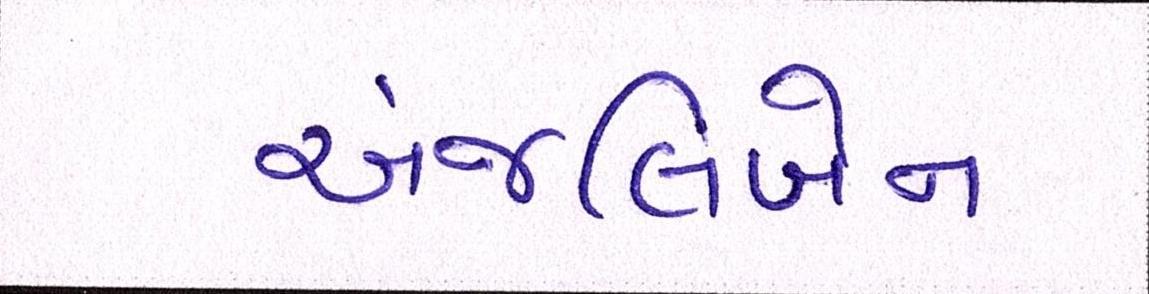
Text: અંજલિબેન